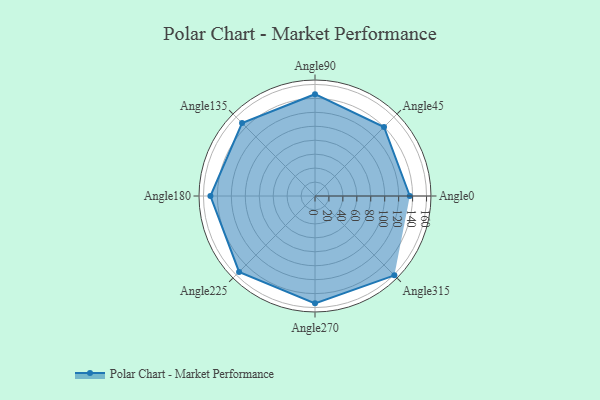
{"axis": {"x": "Angle", "y": "Radius"}, "legend": [""], "data": [{"x": "Angle0", "y": 136.0, "type": ""}, {"x": "Angle45", "y": 140.0, "type": ""}, {"x": "Angle90", "y": 146.0, "type": ""}, {"x": "Angle135", "y": 148.0, "type": ""}, {"x": "Angle180", "y": 150.0, "type": ""}, {"x": "Angle225", "y": 154.0, "type": ""}, {"x": "Angle270", "y": 154.0, "type": ""}, {"x": "Angle315", "y": 161.0, "type": ""}]}